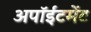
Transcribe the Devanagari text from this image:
अपॉईंटमेंट